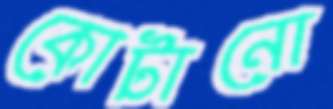
কোটানো